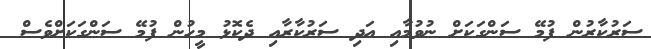
ސަރުކާރުން ފުމޭ ސަންގަކަށް ނުވުމާއި އަދި ސަރުކާރާއި ދެކޮޅު މީހުން ފުމޭ ސަންގަކަށްވެސް